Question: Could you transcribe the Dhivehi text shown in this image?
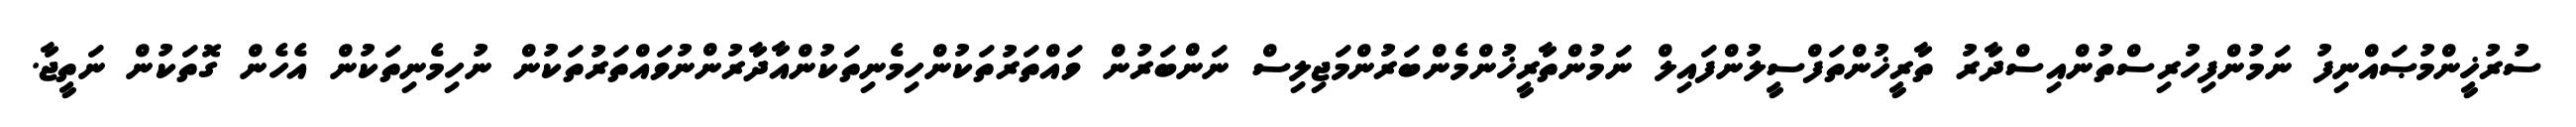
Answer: ސުރުޚީންމުޞައްނިފު ނަމުންފިހުރިސްތުންއިސްދާރު ތާރީޚުންތަފްސީލުންފައިލް ނަމުންތާރީޚުންމެންބަރުންމަޖިލިސް ނަންބަރުން ވައްތަރުތަކުންހިމެނިތަކުންއާދާރުންނުވައްތަރުތަކުން ނުހިމެނިތަކުން އެހެން ގޮތަކުން ނަތީޖާ.